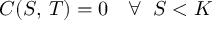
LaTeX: C ( S , \, T ) = 0 \quad \forall \; \; S < K